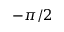
- \pi / 2